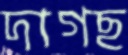
দাগছ